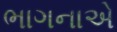
ભાગનાએ